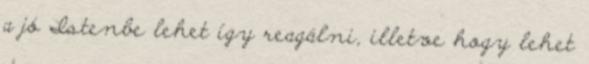
a jó Istenbe lehet így reagálni, illetve hogy lehet